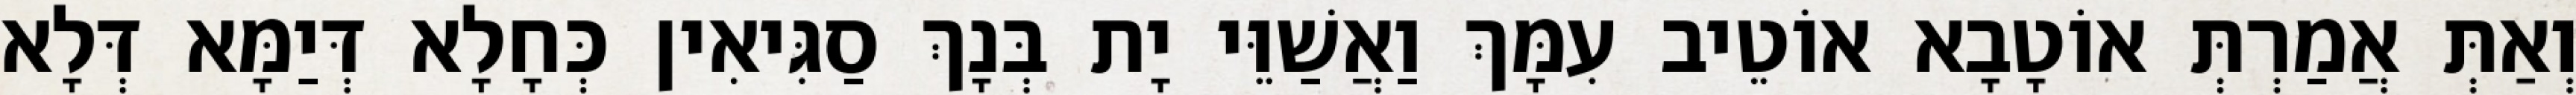
וְאַתְּ אֲמַרְתְּ אוֹטָבָא אוֹטֵיב עִמָּךְ וַאֲשַׁוֵּי יָת בְּנָךְ סַגִּיאִין כְּחָלָא דְּיַמָּא דְּלָא